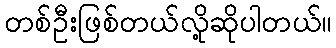
တစ်ဦးဖြစ်တယ်လို့ဆိုပါတယ်။